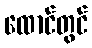
ထောင်တွင်